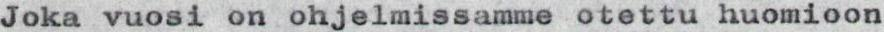
Joka vuosi on ohjelmissamme otettu huomioon